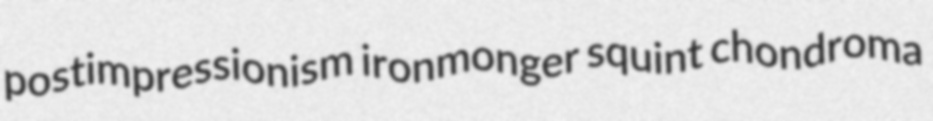
postimpressionism ironmonger squint chondroma